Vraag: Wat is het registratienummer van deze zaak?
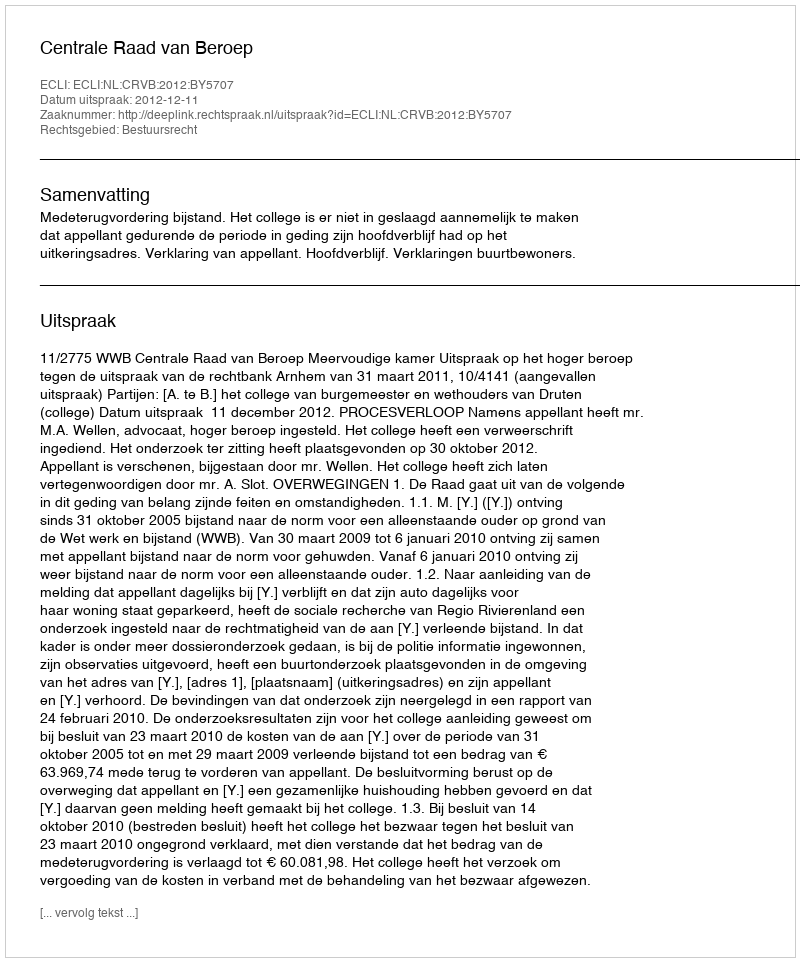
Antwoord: http://deeplink.rechtspraak.nl/uitspraak?id=ECLI:NL:CRVB:2012:BY5707